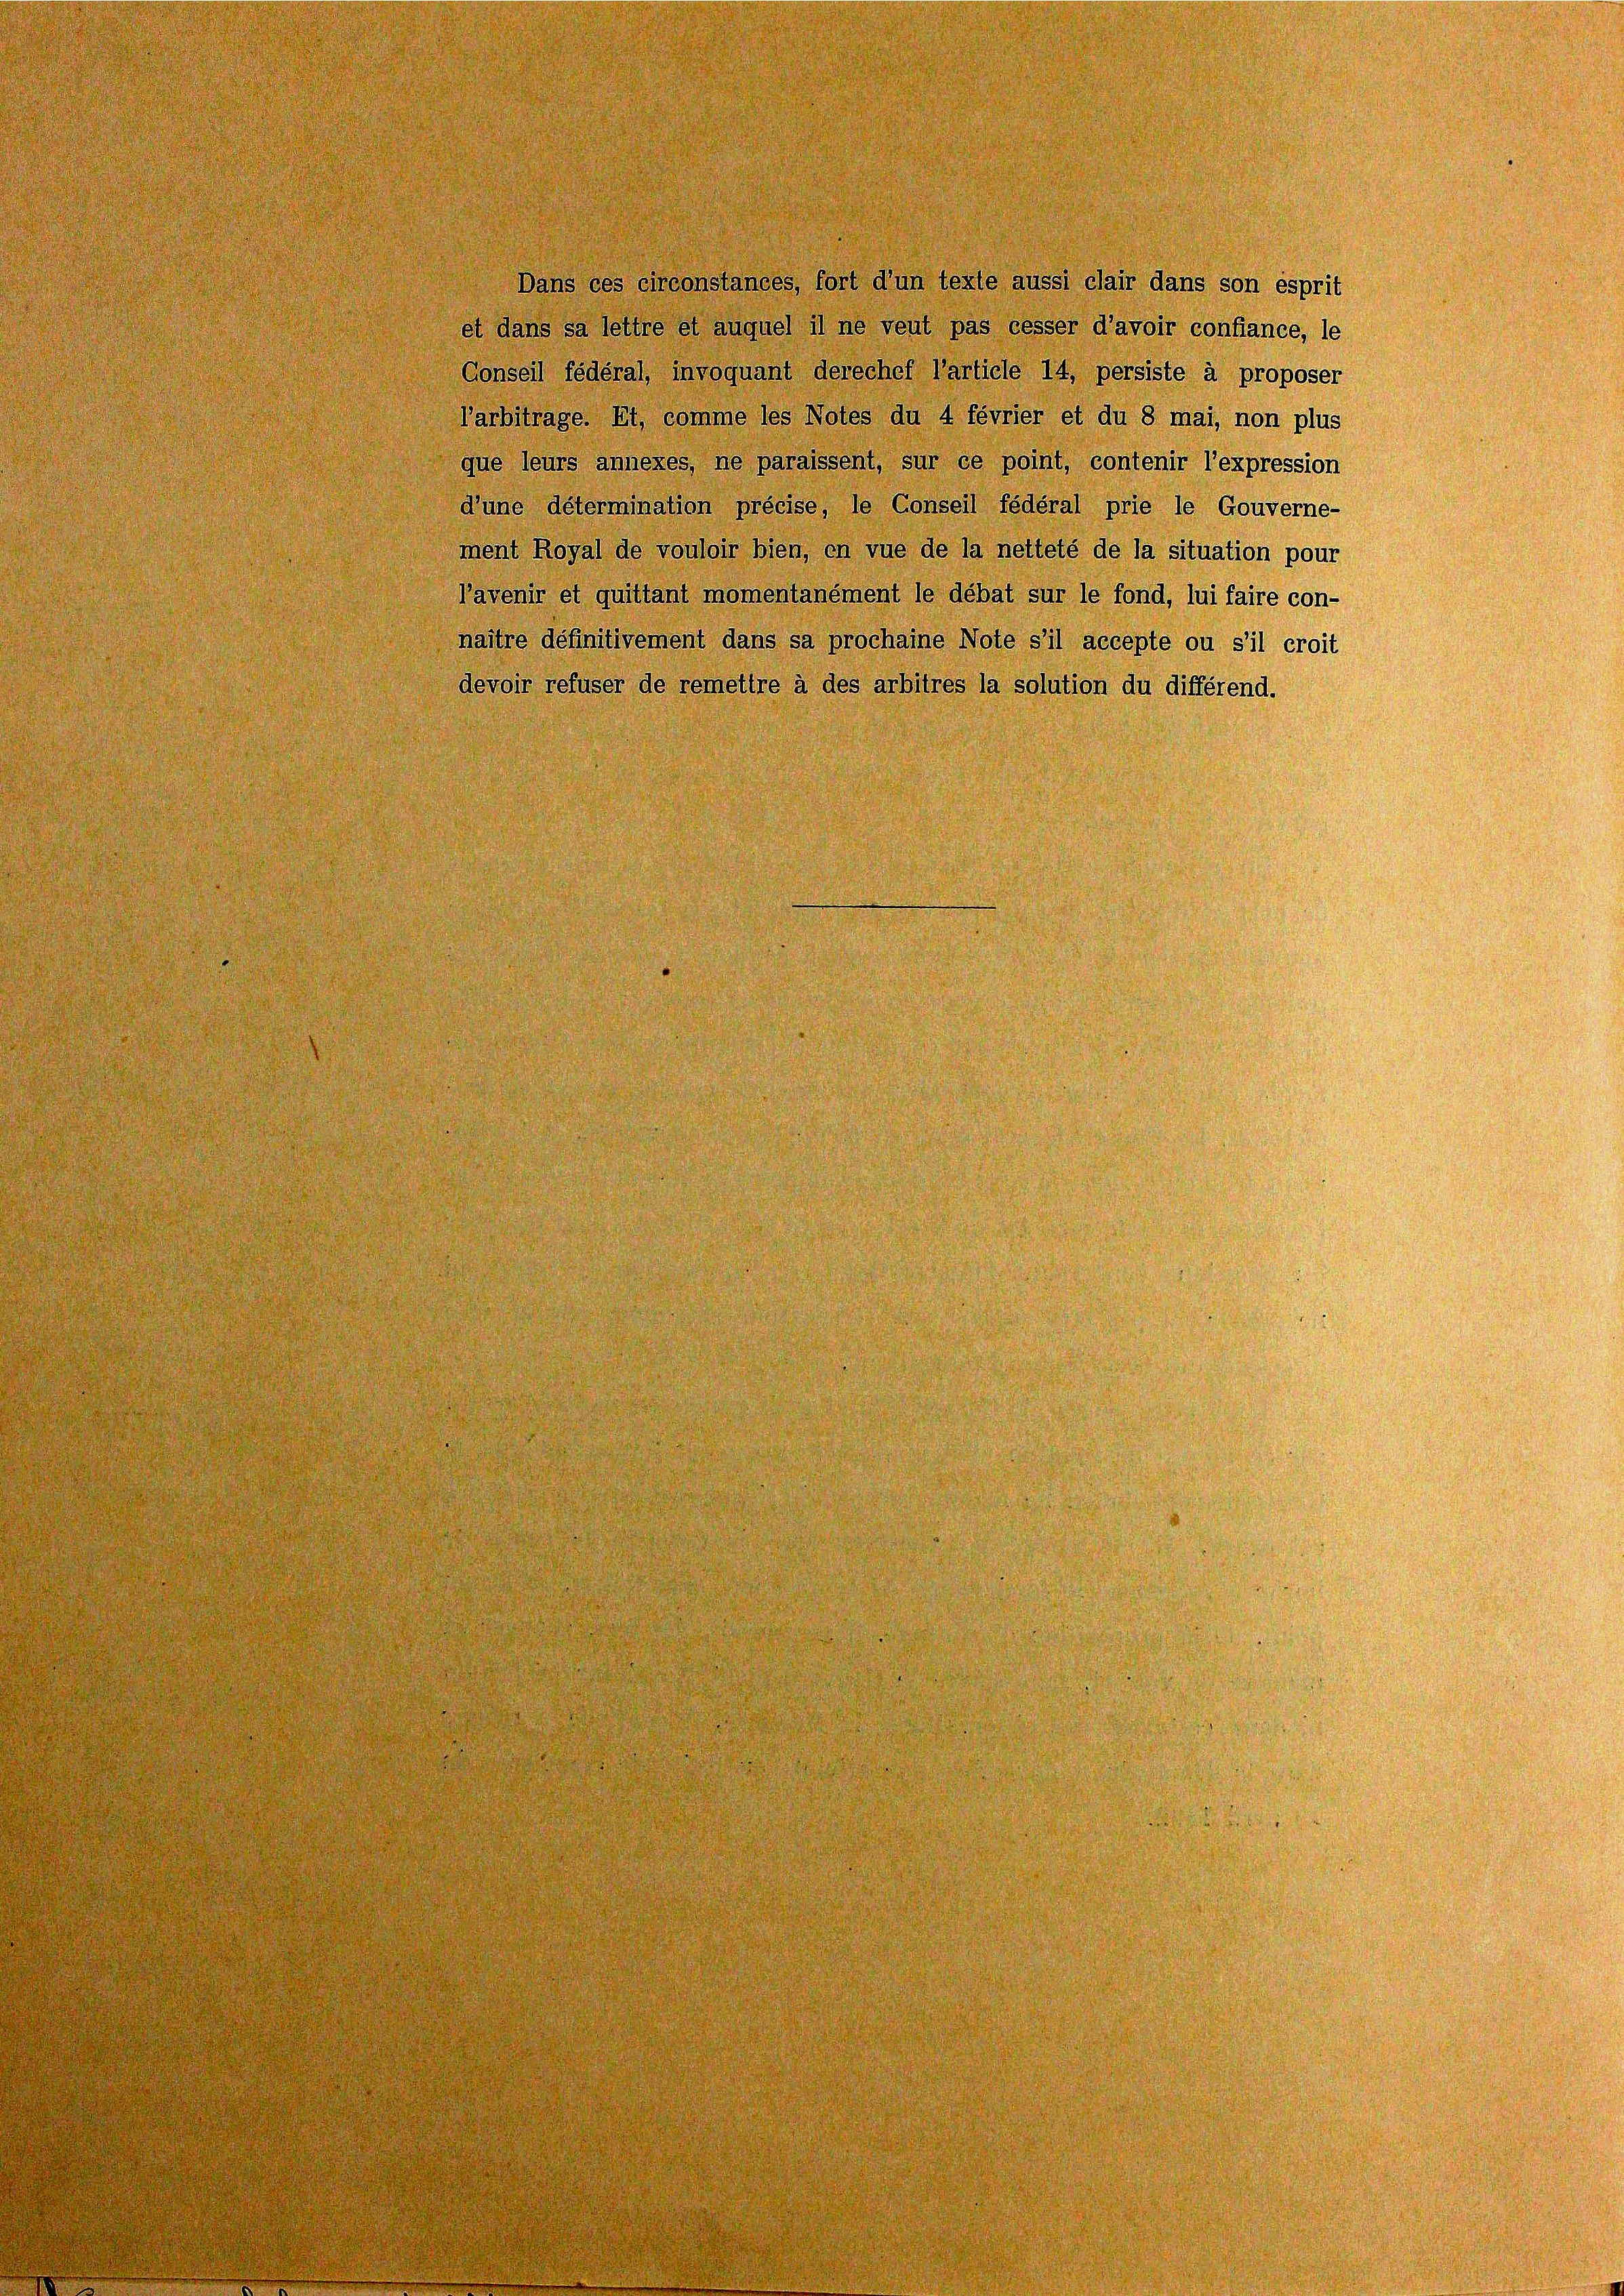
Dans ces circonstances, fort d’un texte aussi clair dans son esprit
et dans sa lettre et auquel il ne veut pas cesser d’avoir confiance, le
Conseil fédéral invoquant derechef Particle 14, persiste à proposer
Parbitrage. Et, comme les Notes du 4 février et du 8 mal, non plus
que leurs annexes, ne paraissent, sur ce point, contenir l’expression
dune détermination précise, le Conseil fédéral prie le Gouverne-
ment Royal de vouloir bien, in vue de la nettete de la situation pour
Vavenir et quittant momentanément le débat sur le fond, lui faire con-
maître définitivement dans sa prochaine Note s’il accepte ou s’il croit
devoir refuser de remettre à des arbitres la solution du différend.